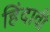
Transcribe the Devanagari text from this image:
हिंदावी